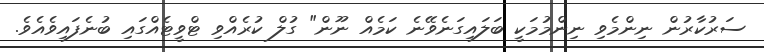
ސަރުކާރުން ނިންމެވި ނިންމުމަކީ ބަލައިގަނެވޭނެ ކަމެއް ނޫން" ގުލް ކުރެއްވި ޓްވީޓެއްގައި ބުނެފައިވެއެވެ.